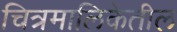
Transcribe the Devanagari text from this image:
चित्रमालिकेतील